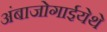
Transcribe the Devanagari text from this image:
अंबाजोगाईयेथे